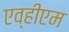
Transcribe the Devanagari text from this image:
एव्हीएम